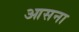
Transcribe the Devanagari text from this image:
आसना